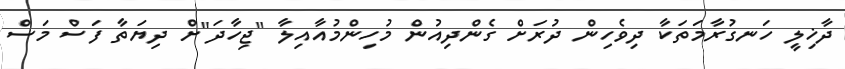
ދާޚިލީ ހަނގުރާމަތަކާ ދިވެހިން ދުރަށް ގެންދިއުން މުހިންމުއާއިލާ "ޖިހާދަ"ށް ދިޔަތާ ފަސް މަސް